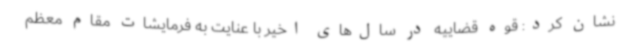
نشان کرد: قوه قضاییه در سال‌های اخیر با عنایت به فرمایشات مقام معظم